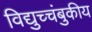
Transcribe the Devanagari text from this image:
विद्युच्चंबुकीय